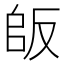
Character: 𠭔